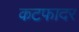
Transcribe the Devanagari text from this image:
कटफादर